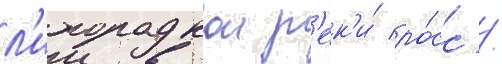
л'ихорадкои р'ек'и́ ро́сс /